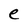
Character: e